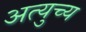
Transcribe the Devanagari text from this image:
अत्युच्य